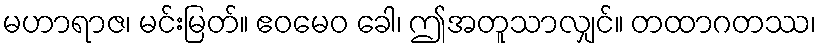
မဟာရာဇ၊ မင်းမြတ်။ ဧဝမေဝ ခေါ၊ ဤအတူသာလျှင်။ တထာဂတဿ၊